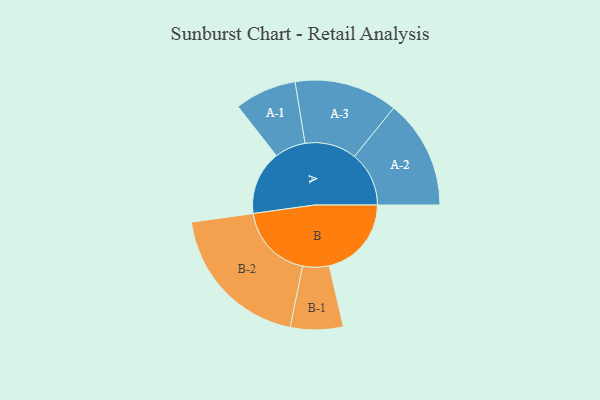
{"axis": {"x": "Segment", "y": "Value"}, "legend": ["", "A", "B"], "data": [{"x": "A", "y": 243, "type": ""}, {"x": "B", "y": 312, "type": ""}, {"x": "A-1", "y": 117, "type": "A"}, {"x": "A-2", "y": 207, "type": "A"}, {"x": "A-3", "y": 196, "type": "A"}, {"x": "B-1", "y": 100, "type": "B"}, {"x": "B-2", "y": 287, "type": "B"}]}